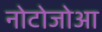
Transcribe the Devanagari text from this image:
नोटोजोआ